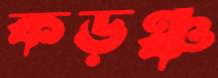
কড়ঞ্চ